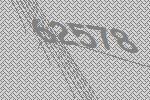
62578